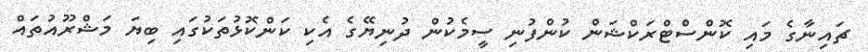
ޗައިނާގެ މައި ކޮންސްޓްރަކްޝަން ކުންފުނި ސީމެކުން ދުނިޔޭގެ އެކި ކަންކޮޅުތަކުގައި ބިޔަ މަޝްރޫއުތައް